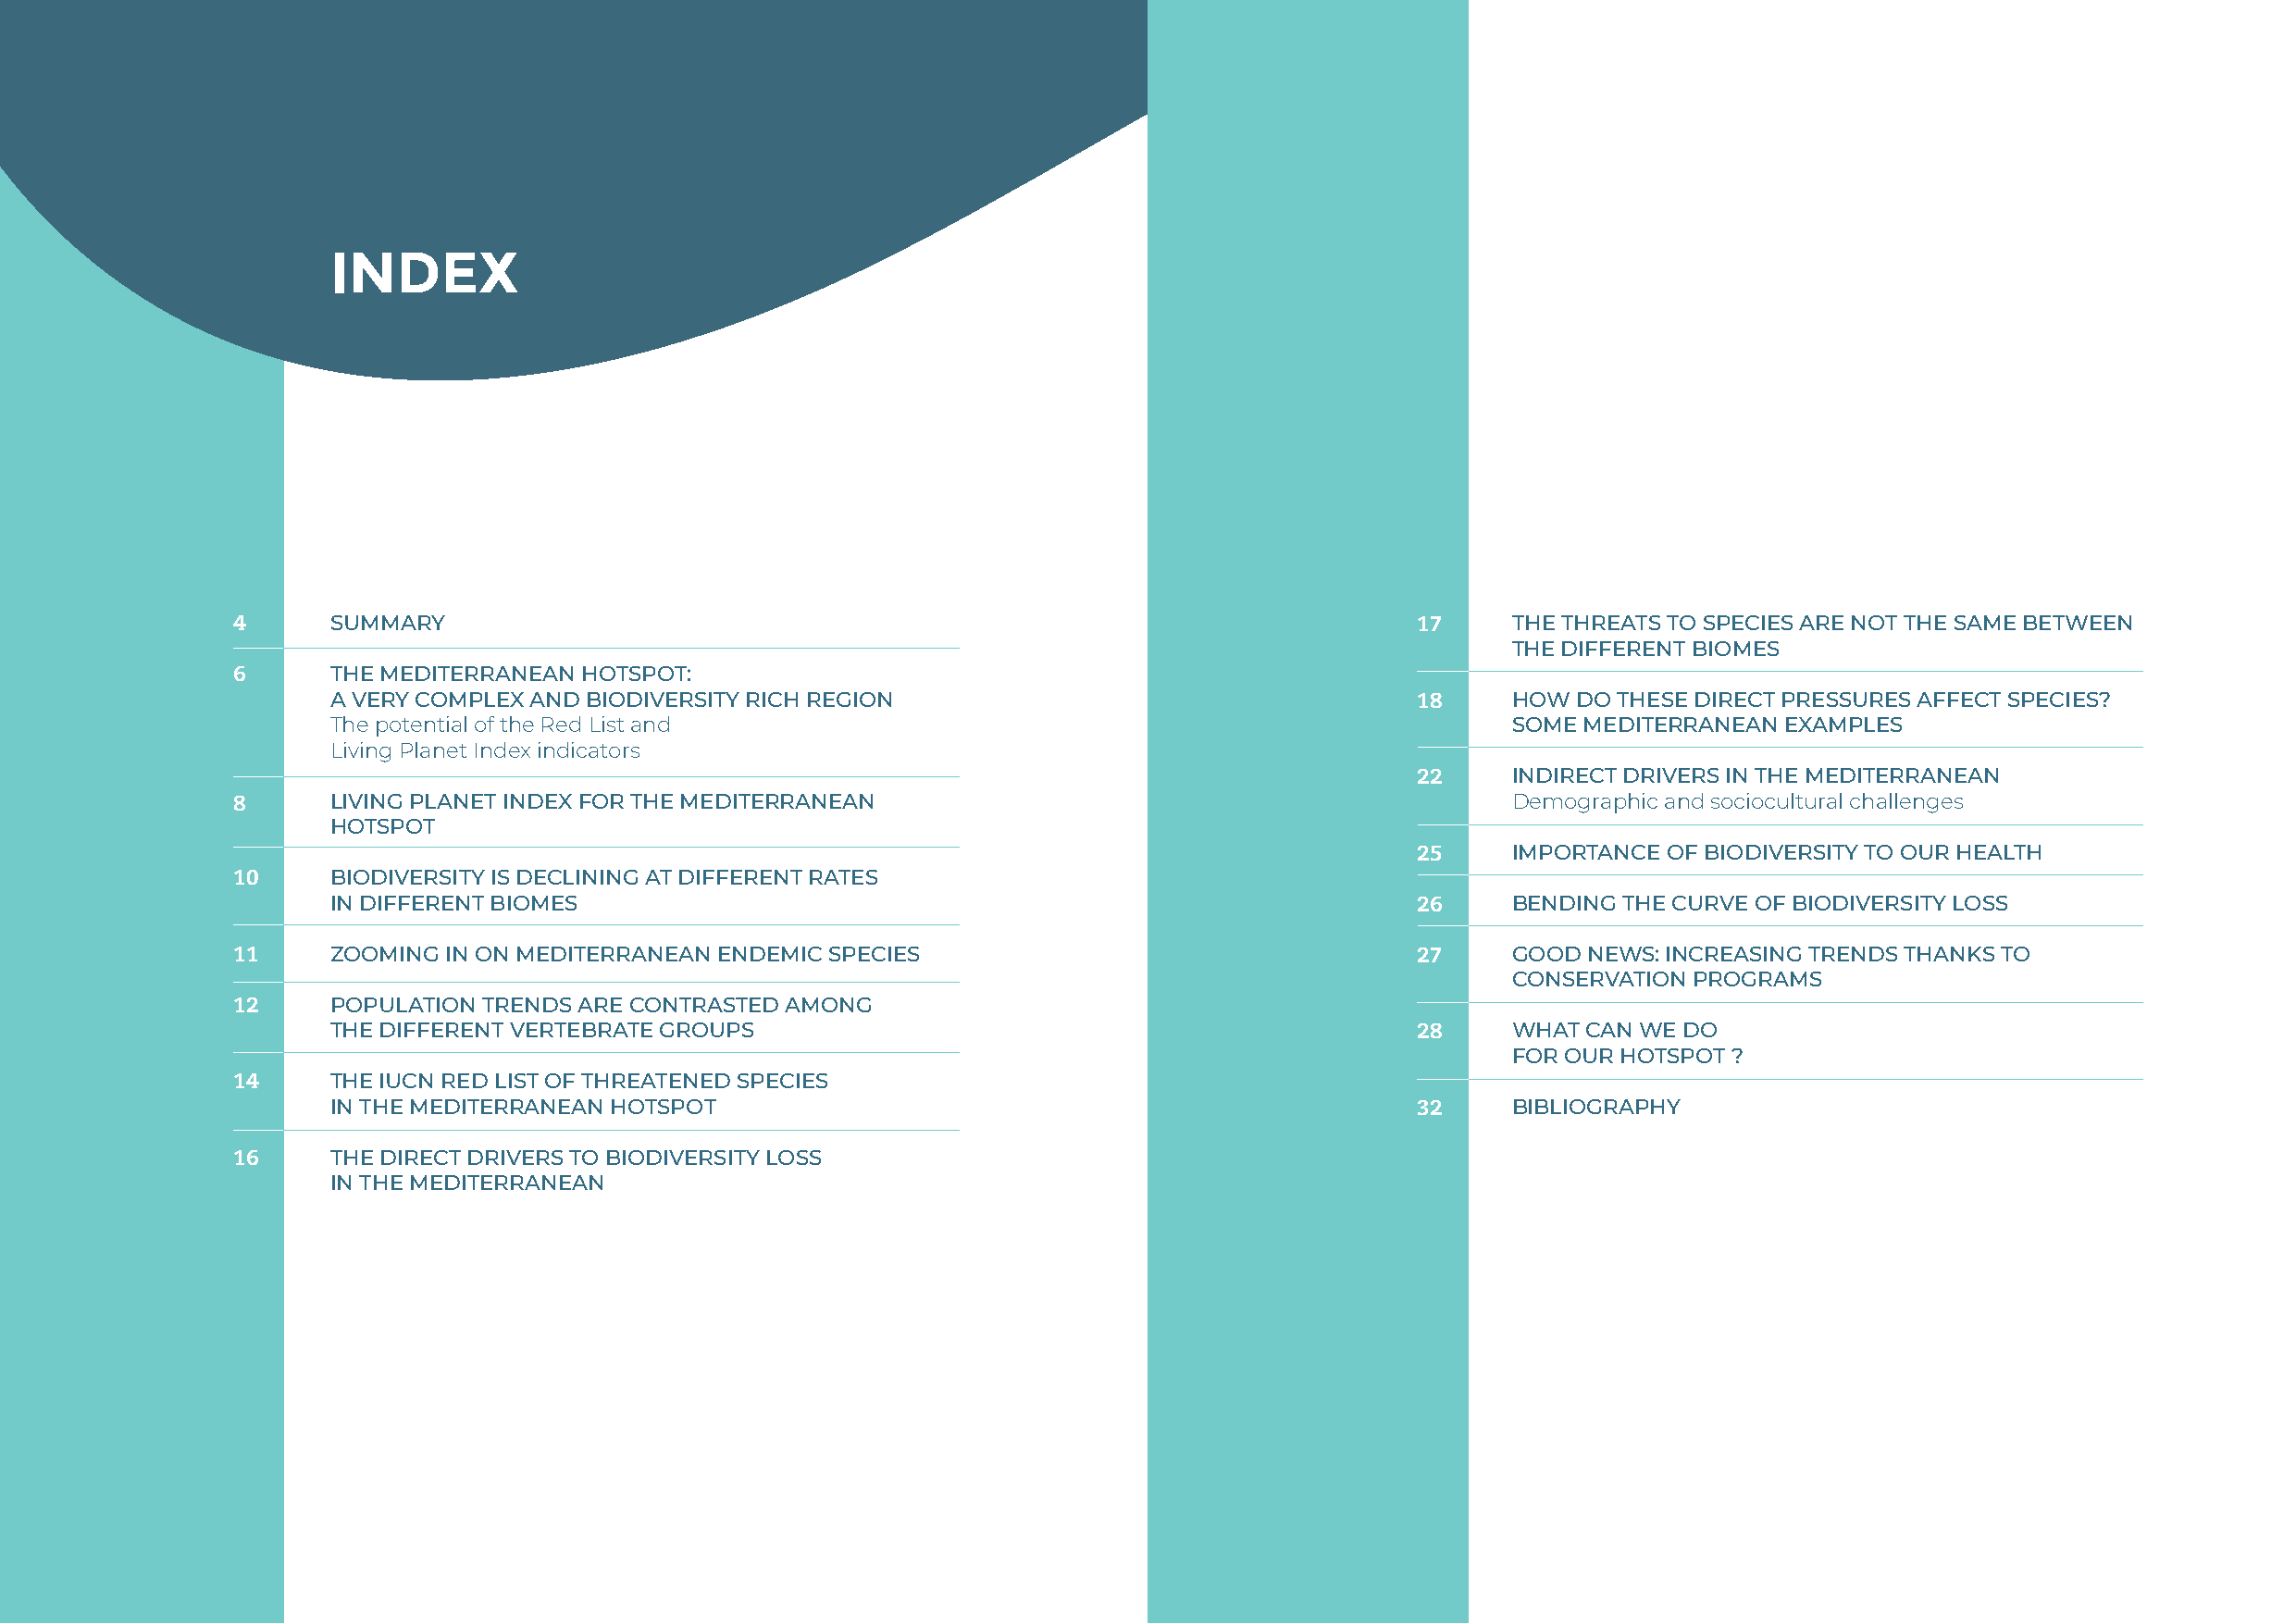
INDEX
 2                                                                                                                                                          3
 4      SUMMARY                                                                      17     THE THREATS TO SPECIES ARE NOT THE SAME BETWEEN
 THE DIFFERENT BIOMES
 6      THE MEDITERRANEAN HOTSPOT:
 A VERY COMPLEX AND BIODIVERSITY RICH REGION                                  18     HOW  DO THESE DIRECT PRESSURES AFFECT SPECIES?
 The potential of the Red List and                                                   SOME MEDITERRANEAN  EXAMPLES
 Living Planet Index indicators
 22     INDIRECT DRIVERS IN THE MEDITERRANEAN
 8      LIVING PLANET INDEX FOR THE MEDITERRANEAN                                           Demographic and sociocultural challenges
 HOTSPOT
 25     IMPORTANCE OF BIODIVERSITY TO OUR HEALTH
 10     BIODIVERSITY IS DECLINING AT DIFFERENT RATES
 IN DIFFERENT BIOMES                                                          26     BENDING THE CURVE OF BIODIVERSITY LOSS
 11     ZOOMING IN ON MEDITERRANEAN ENDEMIC SPECIES                                  27     GOOD  NEWS: INCREASING TRENDS THANKS TO
 CONSERVATION PROGRAMS
 12     POPULATION TRENDS ARE CONTRASTED AMONG
 THE DIFFERENT VERTEBRATE GROUPS                                              28     WHAT CAN WE DO
 FOR OUR HOTSPOT ?
 14     THE IUCN RED LIST OF THREATENED SPECIES
 IN THE MEDITERRANEAN HOTSPOT                                                 32     BIBLIOGRAPHY
 16     THE DIRECT DRIVERS TO BIODIVERSITY LOSS
 IN THE MEDITERRANEAN